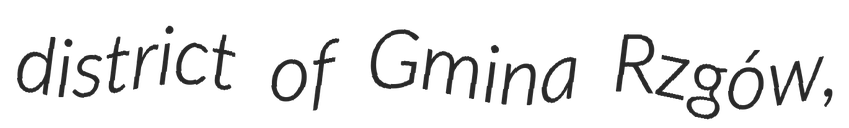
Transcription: district of Gmina Rzgów,